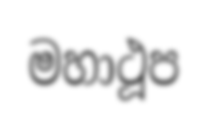
මහාථූප